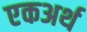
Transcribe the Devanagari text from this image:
एकअर्थ